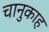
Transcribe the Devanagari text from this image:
चानुकाह